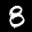
Label: 8